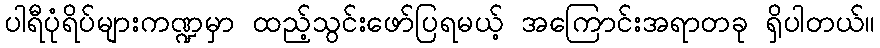
ပါရီပုံရိပ်များကဏ္ဍမှာ ထည့်သွင်းဖော်ပြရမယ့် အကြောင်းအရာတခု ရှိပါတယ်။